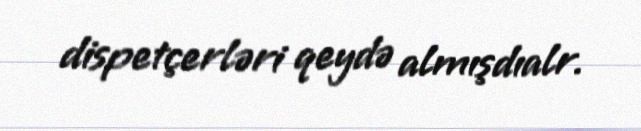
dispetçerləri qeydə almışdıalr.